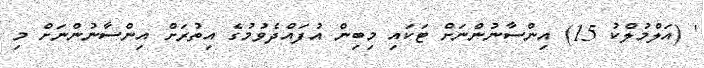
' (އަލްމުލްކު 15) އިންސާނުންނަށް ޓަކައި މިބިން އުފައްދެވުމުގެ އިތުރަށް އިންސާނުންނަށް މި